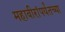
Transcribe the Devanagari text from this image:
महावीरांपर्यंतच्या